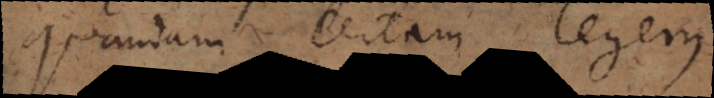
quandam certam legem.